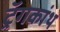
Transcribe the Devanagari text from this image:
ट्रॅगकांथ